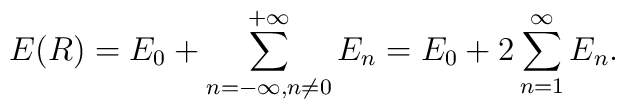
E(R)=E_0+\sum_{n=-\infty,n\not=0}^{+\infty}E_n=E_0+2\sum_{n=1}^\infty E_n.